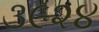
૩૯૨૪